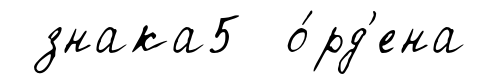
знака5 о́рд'ена